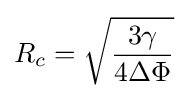
R_{c}={\sqrt {\frac {3\gamma }{4\Delta \Phi }}}